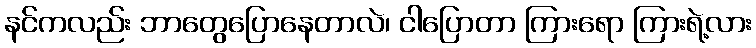
နင်ကလည်း ဘာတွေပြောနေတာလဲ၊ ငါပြောတာ ကြားရော ကြားရဲ့လား